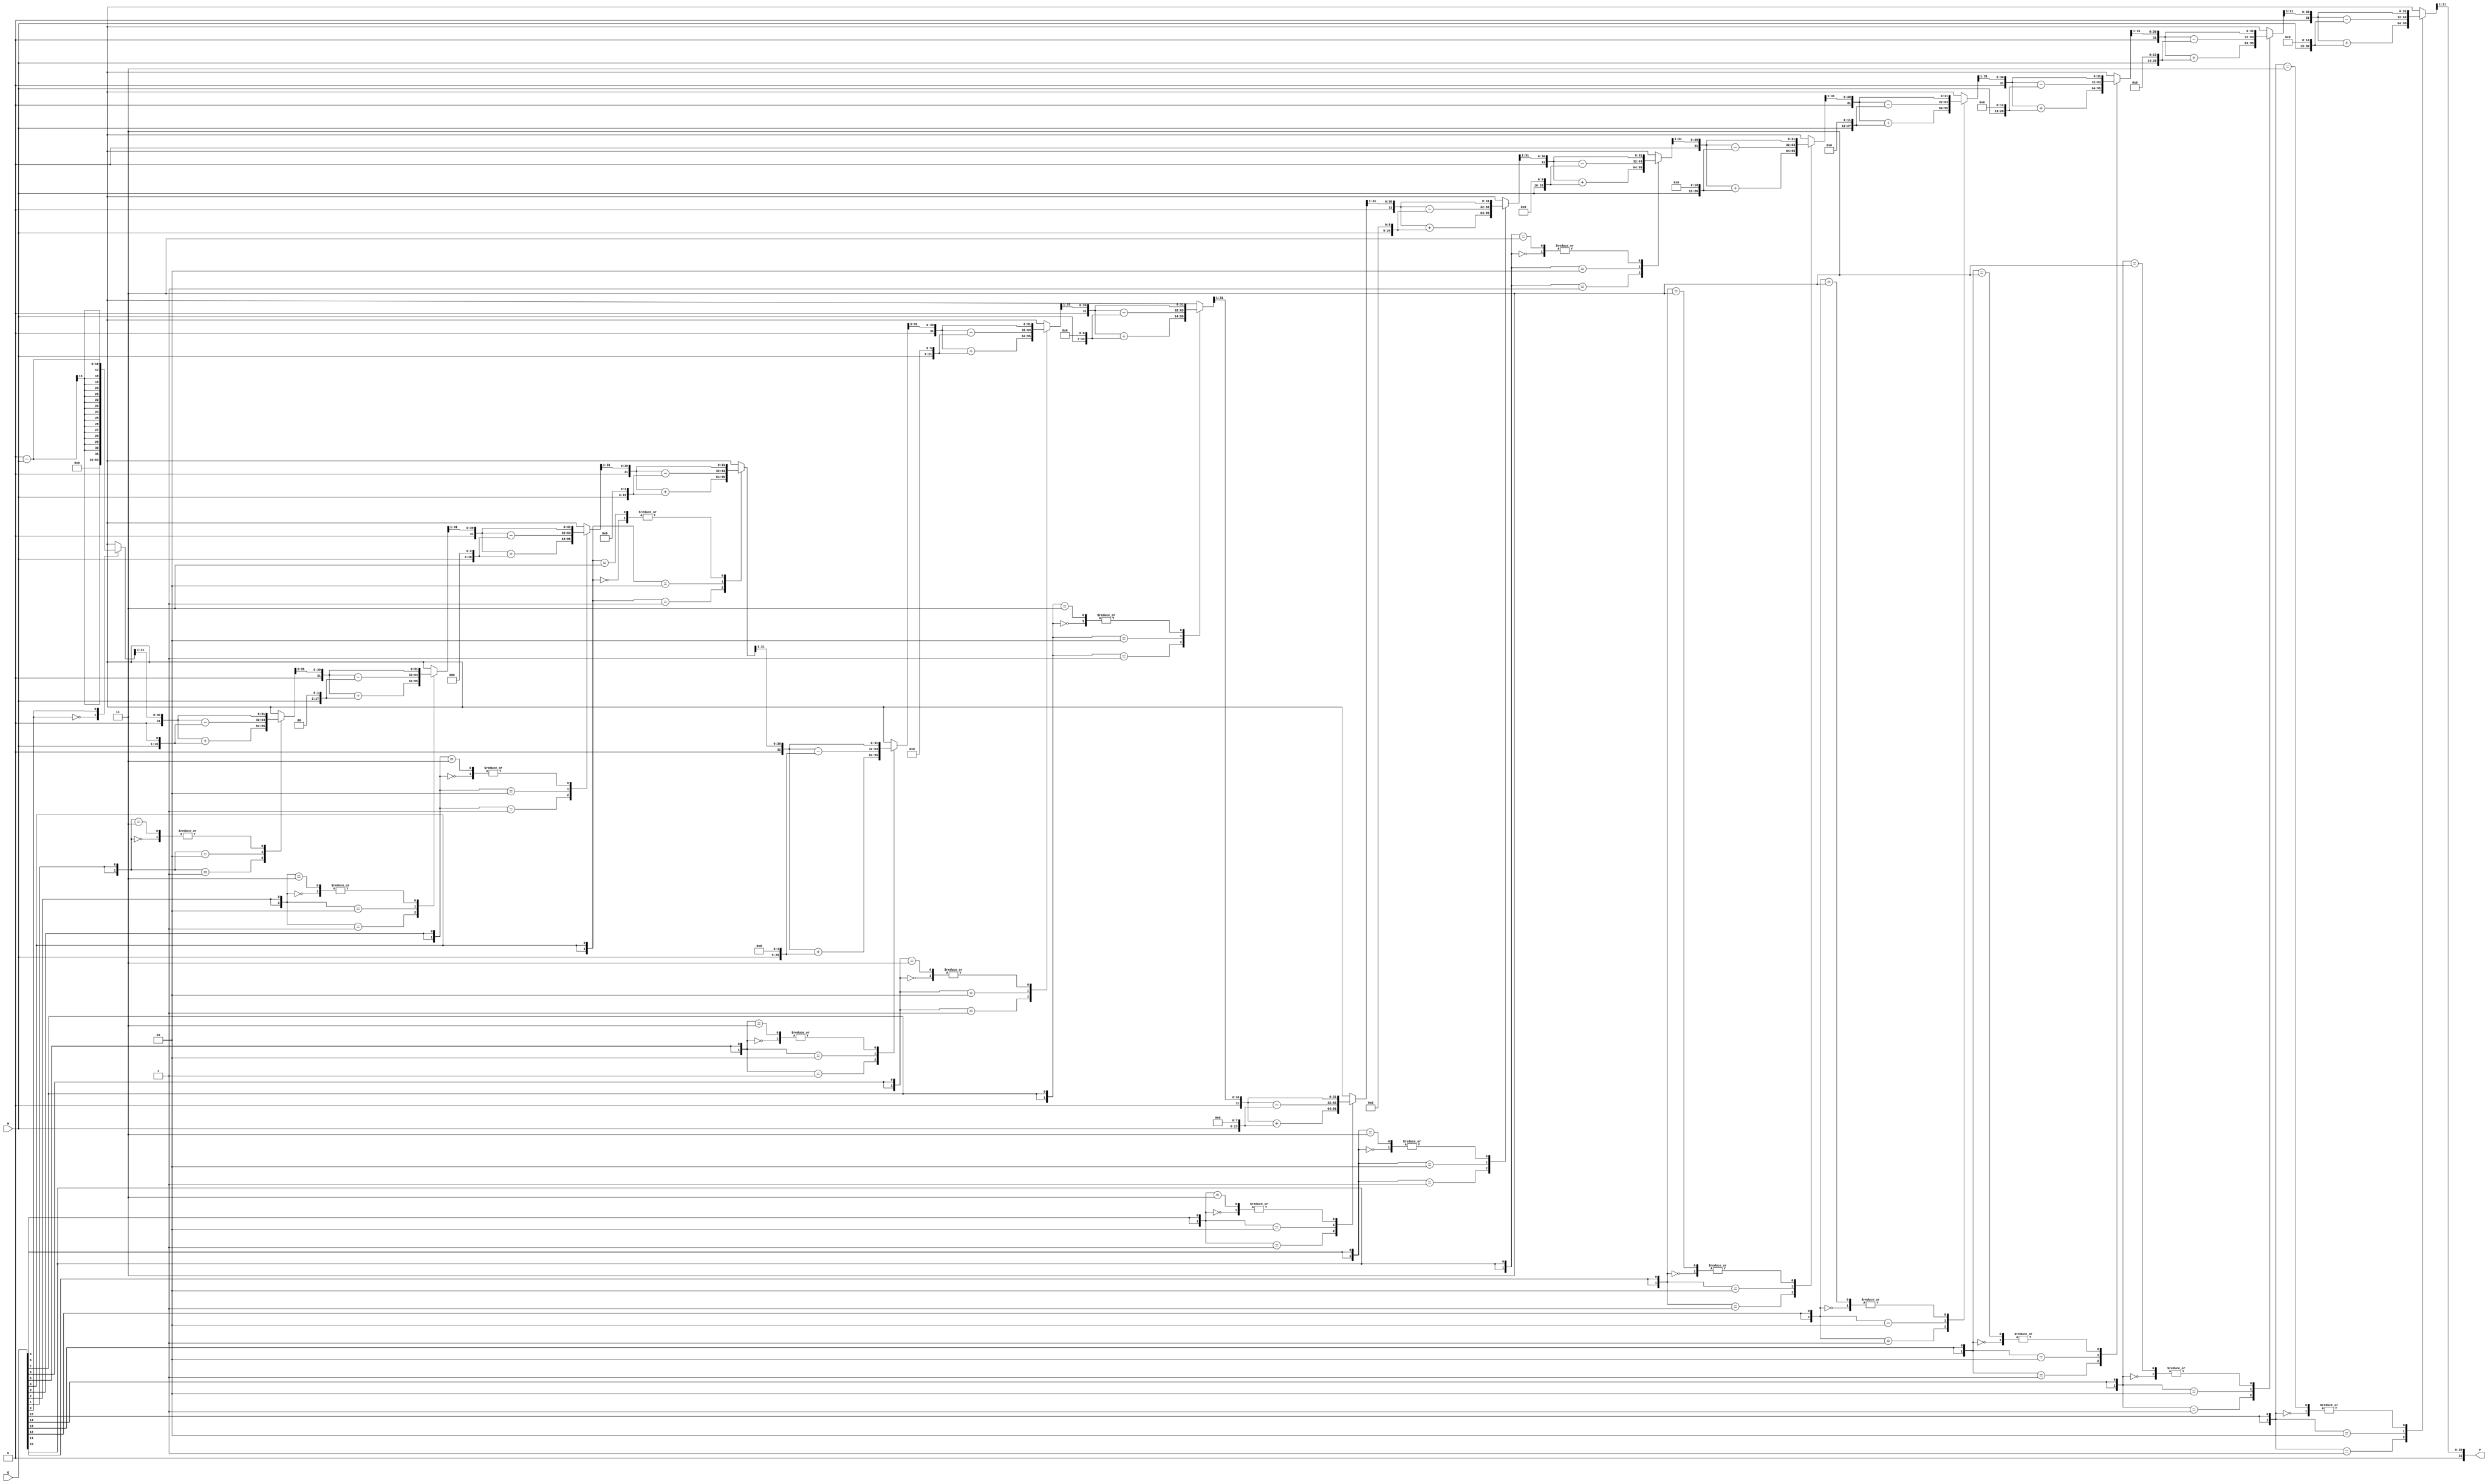
module modified_booth_multiplier (
    input signed [15:0] M,       // Multiplicand
    input signed [15:0] Q,       // Multiplier
    output reg signed [31:0] P   // Product
);
    reg signed [31:0] A;         // Accumulator
    reg signed [15:0] Q_reg;     // Register for the multiplier
    reg Qn1;                     // Previous bit of the multiplier
    integer i;

    always @(*) begin
        // Initialize
        A = 0;
        Q_reg = Q;
        Qn1 = 0;
        P = 0;

        // Booth's algorithm
        for (i = 0; i < 16; i = i + 1) begin
            case ({Q_reg[0], Qn1}) // Encodes the current and previous bits
                2'b00: begin
                    // No operation
                end
                2'b01: begin
                    // Add multiplicand
                    A = A + (M << i);
                end
                2'b10: begin
                    // Subtract multiplicand
                    A = A - (M << i);
                end
                2'b11: begin
                    // No operation
                end
            endcase

            // Shift right
            {A, Q_reg} = {A[31], A[30:0], Q_reg[15:1]};
            Qn1 = Q_reg[0]; // Update previous bit
        end

        // Final product is in A
        P = A;
    end
endmodule